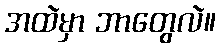
အထဲမှာ ဘာတွေလဲ။